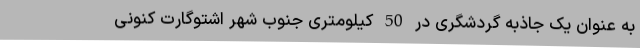
به عنوان یک جاذبه گردشگری در 50 کیلومتری جنوب شهر اشتوگارت کنونی